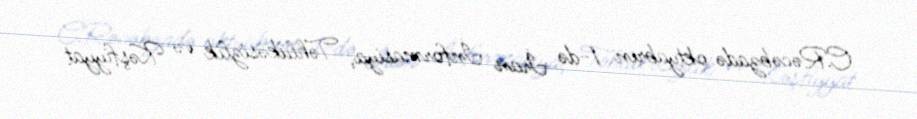
C.Rəcəbzadə oktyabrın 1-də İran İnformasiya, Təhlükəsizlik və Kəşfiyyat